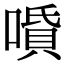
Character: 𠼠